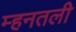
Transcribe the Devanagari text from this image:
म्हनतली